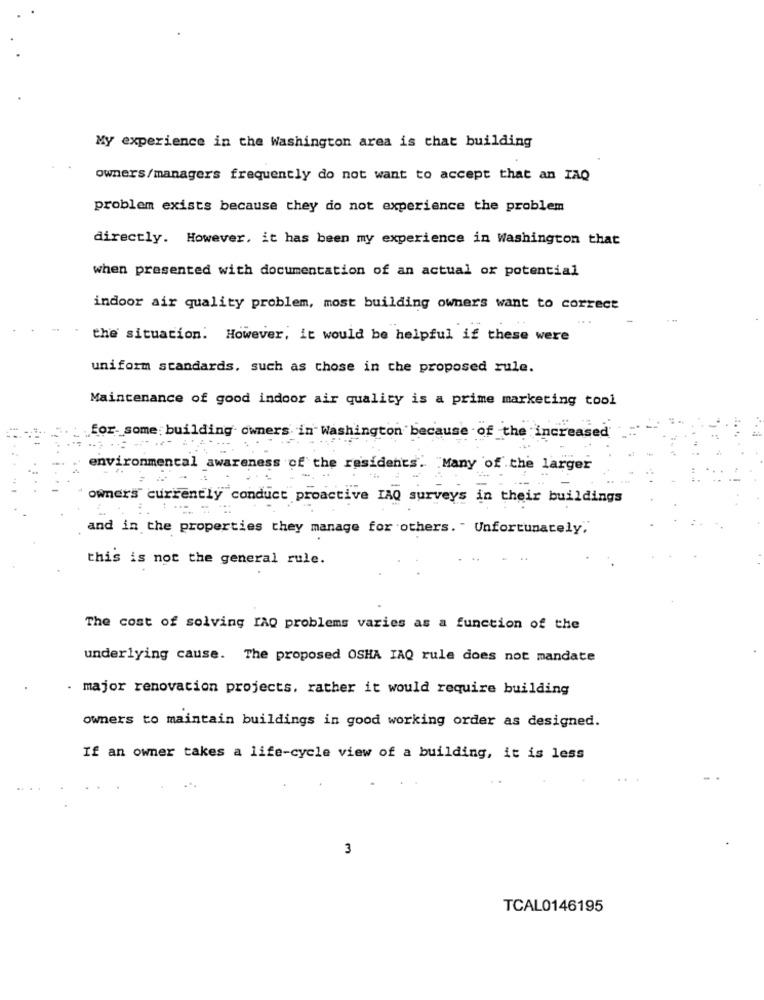
My experience in the Washington area is that building
owners/managers frequently do not want to accept that an IAQ
problem exists because they do not experience the problem
directly. However, it has been my experience in Washington that
when presented with documentation of an actual or potential
indoor air quality problem, most building owners want to correct
the situation. However, it would be helpful if these were
uniform standards, such as chose in the proposed rule.
Maintenance of good indoor air quality is a prime marketing tool
for_some; building owners in Washington because of the increased
environmental awareness of the residents. "Many of the larger
owners currently conduct proactive IAQ surveys in their buildings
and in the properties they manage for others. " Unfortunately,
this is not the general rule.
The cost of solving IAQ problems varies as a function of the
underlying cause. The proposed OSHA IAQ rule does not mandate
. major renovation projects, rather it would require building
owners to maintain buildings in good working order as designed.
If an owner takes a life-cycle view of a building, it is less
3
TCAL0146195